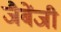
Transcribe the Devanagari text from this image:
जैबेंजी